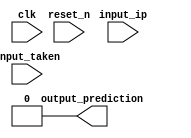
module basic_branch_predictor(clk, reset_n, input_ip, output_prediction, input_taken);
	input clk;
	input reset_n;

	input [63:0] input_ip;
	input [0:0] input_taken;
	output [0:0] output_prediction;

	reg [0:0] output_reg;

	// you can add more variables

	assign output_prediction = output_reg;

	initial begin
		output_reg <= 0;
	end


	always @ (*) begin
	end

	always @ (negedge reset_n) begin
		// reset all state asynchronously
		output_reg <= 0;
	end

	always @ (posedge clk) begin
	end

endmodule